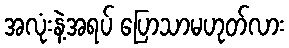
အလုံးနဲ့အရပ် ပြောသာမဟုတ်လား